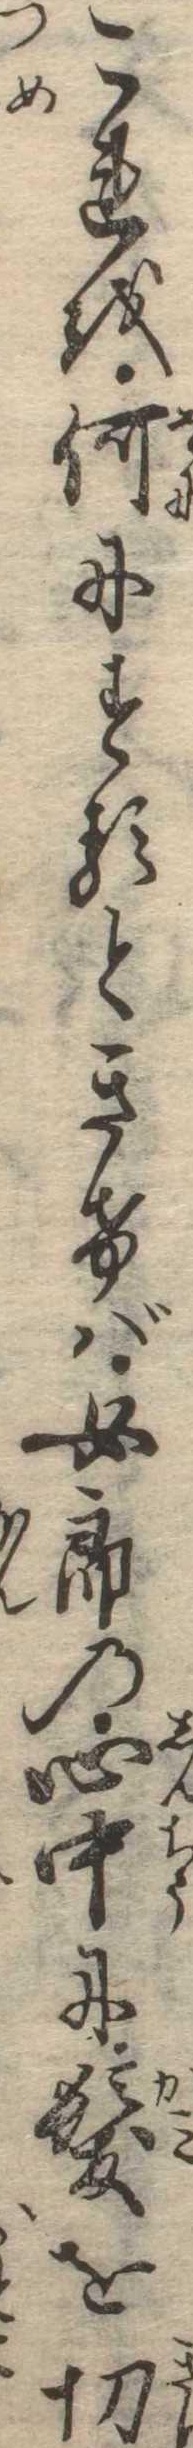
これを何にするときけば女郎の心中に髪を切